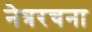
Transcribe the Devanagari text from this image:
नेत्ररचना